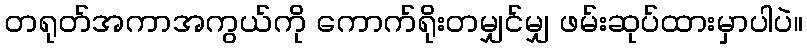
တရုတ်အကာအကွယ်ကို ကောက်ရိုးတမျှင်မျှ ဖမ်းဆုပ်ထားမှာပါပဲ။